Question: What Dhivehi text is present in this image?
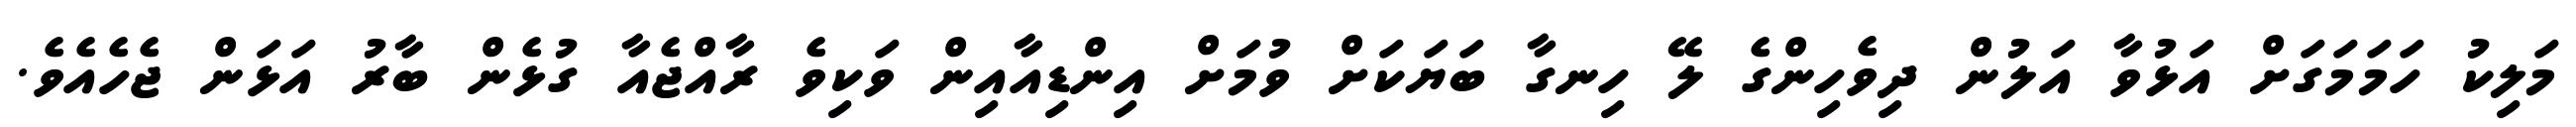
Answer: މަލިކު ހަމަމަގަށް އަޅުވާ އަލުން ދިވެހިންގެ ލޭ ހިނގާ ބަޔަކަށް ވުމަށް އިންޑިއާއިން ވަކިވެ ރާއްޖެއާ ގުޅެން ބާރު އަޅަން ޖެހެއެވެ.